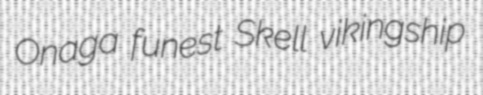
Onaga funest Skell vikingship